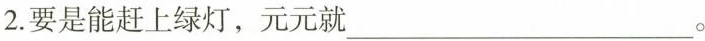
2.要是能赶上绿灯，元元就 ___。